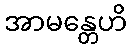
အာမန္တေဟိ